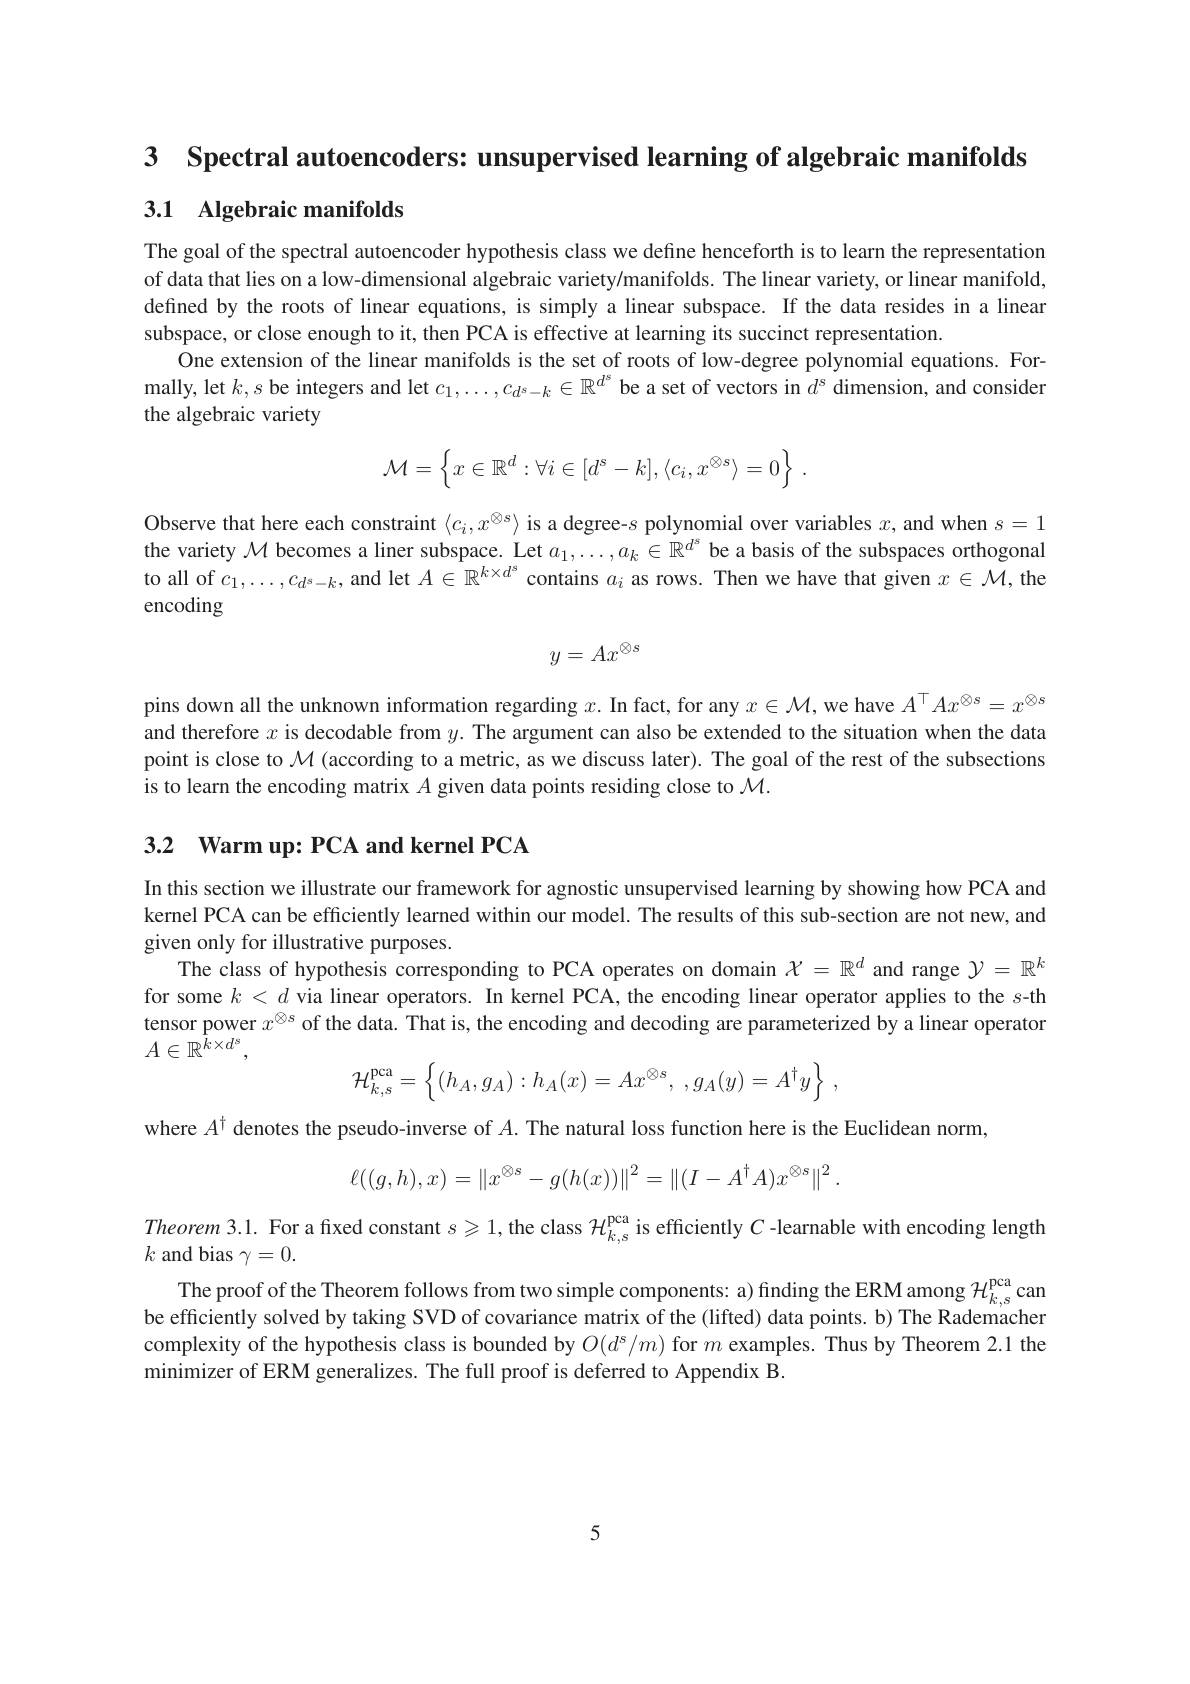
3 Spectral autoencoders: unsupervised learning of algebraic manifolds

## 3.1 Algebraic manifolds

The goal of the spectral autoencoder hypothesis class we define henceforth is to learn the representation of data that lies on a low-dimensional algebraic variety/manifolds. The linear variety, or linear manifold, defined by the roots of linear equations, is simply a linear subspace. If the data resides in a linear subspace, or close enough to it, then PCA is effective at learning its succinct representation
One extension of the linear manifolds is the set of roots of low-degree polynomial equations. Formally, let $k,s$ be integers and let $c_1,\ldots,c_{d^s-k}\in\mathbb{R}^{d^s}$ be a set of vectors in $d^s$ dimension, and consider the algebraic variety
$$\mathcal{M}=\left\{x\in\mathbb{R}^d:\forall i\in[d^s-k],\langle c_i,x^{\otimes s}\rangle=0\right\}\:.$$
Observe that here each constraint $\langle c_i,x^{\otimes s}\rangle$ is a degree-$s$ polynomial over variables $x$, and when $s=1$ the variety $\mathcal{M}$ becomes a liner subspace. Let $a_1,\ldots,a_k\in\mathbb{R}^{d^s}$ be a basis of the subspaces orthogonal to all of $c_1,\ldots,c_{d^s-k}$,and let $A\in\mathbb{R}^k\times d^s$ contains $a_i$ as rows. Then we have that given $x\in\mathcal{M}$,the encoding
$$y=Ax^{\otimes s}$$
pins down all the unknown information regarding $x.$ In fact, for any $x\in\mathcal{M}$,we have $A^\top Ax^{\otimes s}=x^{\otimes s}$ and therefore $x$ is decodable from $y.$ The argument can also be extended to the situation when the data point is close to $\mathcal{M}$ (according to a metric, as we discuss later). The goal of the rest of the subsections is to learn the encoding matrix $A$ given data points residing close to $\mathcal{M}.$

## 3.2 Warm up: PCA and kernel PCA

In this section we illustrate our framework for agnostic unsupervised learning by showing how PCA and kernel PCA can be efficiently learned within our model. The results of this sub-section are not new, and given only for illustrative purposes.
The class of hypothesis corresponding to PCA operates on domain $\mathcal{X}=\mathbb{R}^d$ and range $\mathcal{Y}=\mathbb{R}^k$ for some $k<d$ via linear operators. In kernel PCA, the encoding linear operator applies to the $s$-th tensor power $x^\otimes s$ of the data. That is, the encoding and decoding are parameterized by a linear operator $A\in\mathbb{R}^{\tilde{k}\times d^s}$,
$$\mathcal{H}_{k,s}^{\mathrm{pca}}=\left\{(h_A,g_A):h_A(x)=Ax^{\otimes s},\:,g_A(y)=A^\dagger y\right\}\:,$$
where $A^{\dagger}$ denotes the pseudo-inverse of $A.$ The natural loss function here is the Euclidean norm,
$$\ell((g,h),x)=\left\|x^{\otimes s}-g(h(x))\right\|^{2}=\left\|(I-A^{\dagger}A)x^{\otimes s}\right\|^{2}.$$
Theorem 3.1. For a fixed constant $s\geqslant1$, the class $\mathcal{H}_k,s^\text{pca}$ is efficiently $C$ -learnable with encoding length

$k$ and bias $\gamma=0.$

The proof of the Theorem follows from two simple components: a) finding the ERM among $\mathcal{H}_k,s^\mathrm{pca}$ can be efficiently solved by taking SVD of covariance matrix of the (lifted) data points. b) The Rademacher complexity of the hypothesis class is bounded by $O(d^\mathrm{s}/m)$ for $m$ examples. Thus by Theorem 2.1 the minimizer of ERM generalizes. The full proof is deferred to Appendix B.

5